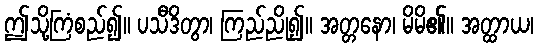
ဤသို့ကြံစည်၍။ ပသီဒိတွာ၊ ကြည်ညို၍။ အတ္တနော၊ မိမိ၏။ အတ္ထာယ၊